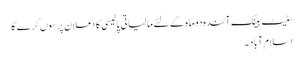
سٹیٹ بینک آئندہ دو ماہ کے لئے مالیاتی پالیسی کا اعلان پرسوں کرے گا
اسلام آباد ۔